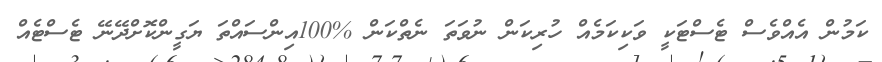
ކަމުން އެއްވެސް ޓެސްޓަކީ ވަކިކަމެއް ހުރިކަން ނުވަތަ ނެތްކަން %100އިންސައްތަ ޔަގީންކޮށްދޭނޭ ޓެސްޓެއް